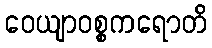
ဝေယျာဝစ္စကရောတိ